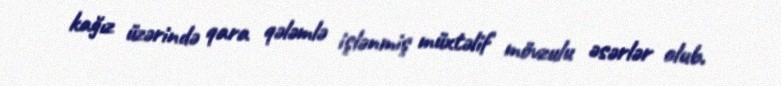
kağız üzərində qara qələmlə işlənmiş müxtəlif mövzulu əsərlər olub.